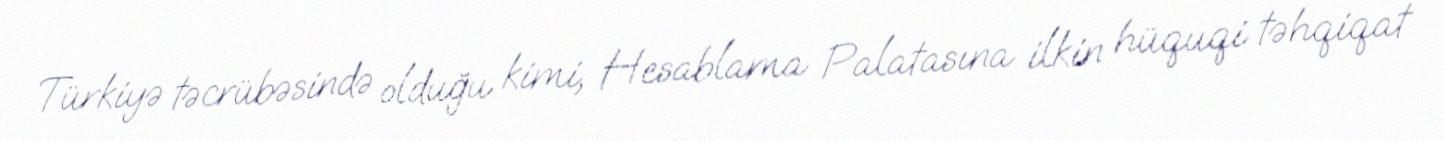
Türkiyə təcrübəsində olduğu kimi, Hesablama Palatasına ilkin hüquqi təhqiqat